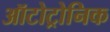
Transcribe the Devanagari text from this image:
ऑटोट्रोनिक